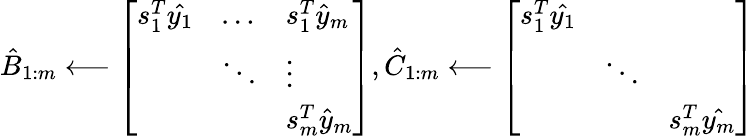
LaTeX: \hat{B}_{1:m}\longleftarrow\left[\begin{array}{lll}{s_{1}^{T}\hat{y_{1}}}&{\dots}&{s_{1}^{T}\hat{y}_{m}}\\ &{\ddots}&{\vdots}\\ &&{s_{m}^{T}\hat{y}_{m}}\end{array}\right],\hat{C}_{1:m}\longleftarrow\left[\begin{array}{lll}{{s_{1}^{T}\hat{y_{1}}}}&&\\ &{\ddots}&\\ &&{{s_{m}^{T}}\hat{y_{m}}}\end{array}\right]